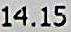
14.15